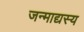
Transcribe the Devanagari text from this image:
जन्माद्यस्य